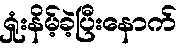
ရှုံးနိမ့်ခဲ့ပြီးနောက်